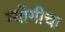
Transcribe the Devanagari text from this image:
ग्याँगीचा